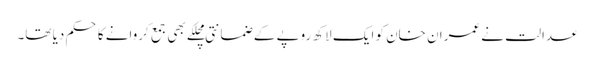
عدالت نے عمران خان کو ایک لاکھ روپے کے ضمانتی مچلکے بھی جمع کروانے کا حکم دیا تھا۔